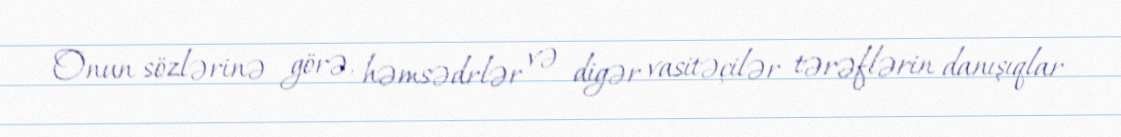
Onun sözlərinə görə, həmsədrlər və digər vasitəçilər tərəflərin danışıqlar